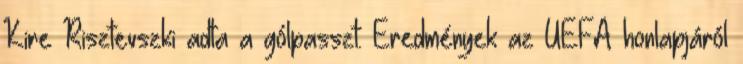
Kire Risztevszki adta a gólpasszt. Eredmények az UEFA honlapjáról